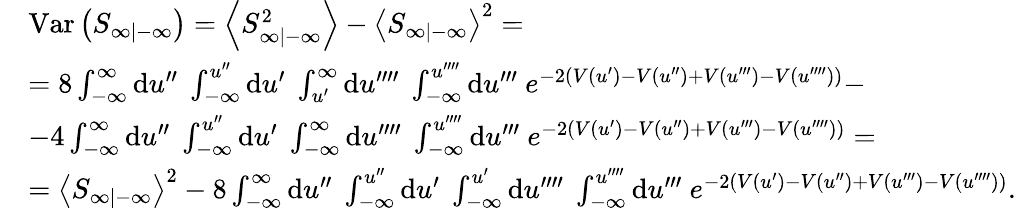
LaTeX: \begin{array}{rl}&{\mathrm{Var}\left(S_{\infty|-\infty}\right)=\left\langle S_{\infty|-\infty}^{2}\right\rangle-\left\langle S_{\infty|-\infty}\right\rangle^{2}=}\\ &{=8\int_{-\infty}^{\infty}\mathrm{d}u^{\prime\prime}\ \int_{-\infty}^{u^{\prime\prime}}\mathrm{d}u^{\prime}\ \int_{u^{\prime}}^{\infty}\mathrm{d}u^{\prime\prime\prime\prime}\ \int_{-\infty}^{u^{\prime\prime\prime\prime}}\mathrm{d}u^{\prime\prime\prime}\ e^{-2(V(u^{\prime})-V(u^{\prime\prime})+V(u^{\prime\prime\prime})-V(u^{\prime\prime\prime\prime}))}-}\\ &{-4\int_{-\infty}^{\infty}\mathrm{d}u^{\prime\prime}\ \int_{-\infty}^{u^{\prime\prime}}\mathrm{d}u^{\prime}\ \int_{-\infty}^{\infty}\mathrm{d}u^{\prime\prime\prime\prime}\ \int_{-\infty}^{u^{\prime\prime\prime\prime}}\mathrm{d}u^{\prime\prime\prime}\ e^{-2(V(u^{\prime})-V(u^{\prime\prime})+V(u^{\prime\prime\prime})-V(u^{\prime\prime\prime\prime}))}=}\\ &{=\left\langle S_{\infty|-\infty}\right\rangle^{2}-8\int_{-\infty}^{\infty}\mathrm{d}u^{\prime\prime}\ \int_{-\infty}^{u^{\prime\prime}}\mathrm{d}u^{\prime}\ \int_{-\infty}^{u^{\prime}}\mathrm{d}u^{\prime\prime\prime\prime}\ \int_{-\infty}^{u^{\prime\prime\prime\prime}}\mathrm{d}u^{\prime\prime\prime}\ e^{-2(V(u^{\prime})-V(u^{\prime\prime})+V(u^{\prime\prime\prime})-V(u^{\prime\prime\prime\prime}))}.}\end{array}